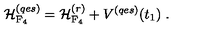
{ \cal H } _ { \mathrm { F _ { 4 } } } ^ { ( q e s ) } = { \cal H } _ { \mathrm { F _ { 4 } } } ^ { ( r ) } + V ^ { ( q e s ) } ( t _ { 1 } ) \ .